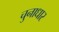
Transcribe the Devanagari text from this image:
चुनाधार